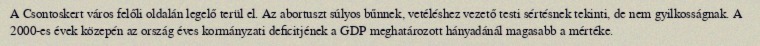
A Csontoskert város felőli oldalán legelő terül el. Az abortuszt súlyos bűnnek, vetéléshez vezető testi sértésnek tekinti, de nem gyilkosságnak. A 2000-es évek közepén az ország éves kormányzati deficitjének a GDP meghatározott hányadánál magasabb a mértéke.